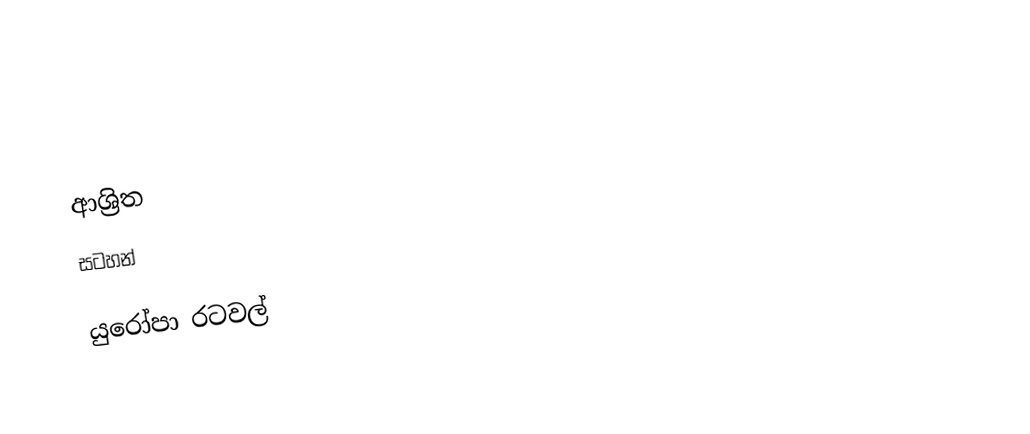

ආශ්‍රිත
 සටහන්

යුරෝපා රටවල්‎